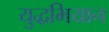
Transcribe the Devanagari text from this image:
युद्धभियान